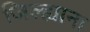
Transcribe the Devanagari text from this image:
जिल्ह्याना